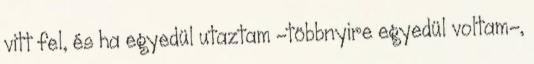
vitt fel, és ha egyedül utaztam -többnyire egyedül voltam-,